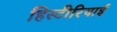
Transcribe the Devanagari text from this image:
हिस्टीरियाई